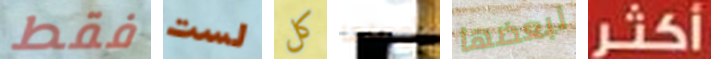
فقط لست كل أوصلها لبعضها أكثر